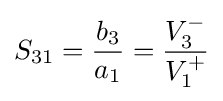
S_{31}={\frac {b_{3}}{a_{1}}}={\frac {V_{3}^{-}}{V_{1}^{+}}}